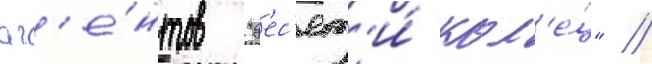
аг'е́нтов "д'ес'ят'и́ кол'е́ц" /